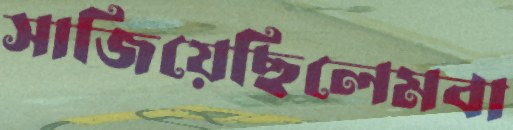
সাজিয়েছিলেমবা